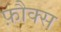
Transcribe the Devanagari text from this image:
फ़ौक्स